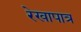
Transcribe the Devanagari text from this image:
रेखापात्र